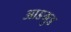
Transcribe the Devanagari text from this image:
आडमुड